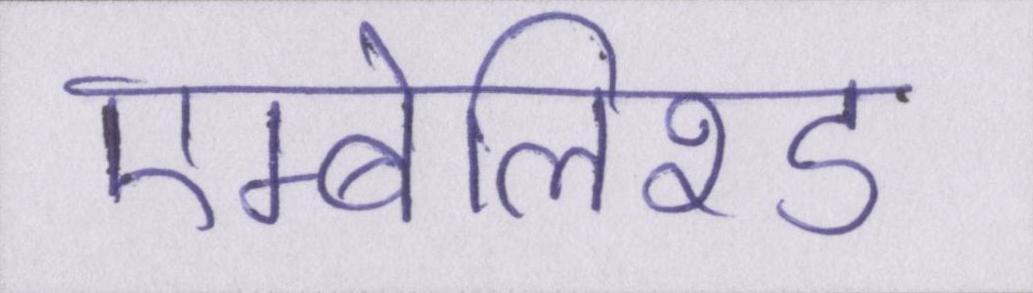
एम्बेलिश्ड